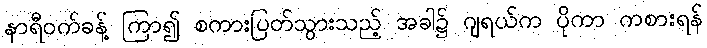
နာရီဝက်ခန့် ကြာ၍ စကားပြတ်သွားသည့် အခါ၌ ဂျရယ်က ပိုကာ ကစားရန်